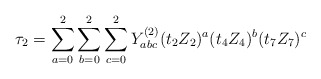
\begin{align*}\tau_{2}=\sum\limits_{a=0}^{2}\sum\limits_{b=0}^{2}\sum\limits_{c=0}^{2}Y_{abc}^{(2)}(t_{2}Z_{2})^{a}(t_{4}Z_{4})^{b}(t_{7}Z_{7})^{c}\end{align*}